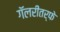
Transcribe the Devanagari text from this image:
गॅलरीतर्फे